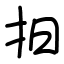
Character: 抇